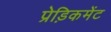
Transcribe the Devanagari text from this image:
प्रेड़िकमेंट